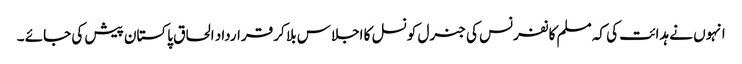
انہوں نے ہدائت کی کہ مسلم کانفرنس کی جنرل کونسل کا اجلاس بلا کر قرارداد الحاق پاکستان پیش کی جائے ۔